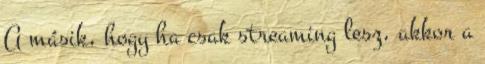
A másik, hogy ha csak streaming lesz, akkor a